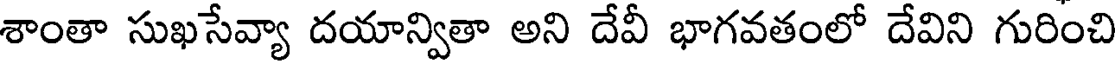
శాంతా సుఖసేవ్యా దయాన్వితా అని దేవీ భాగవతంలో దేవిని గురించి